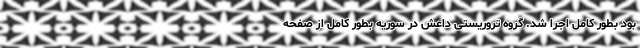
بود بطور کامل اجرا شد. گروه تروریستی داعش در سوریه بطور کامل از صفحه